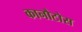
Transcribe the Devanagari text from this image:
कानौटोस